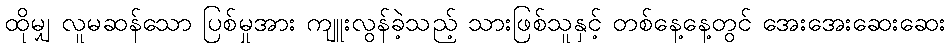
ထိုမျှ လူမဆန်သော ပြစ်မှုအား ကျူးလွန်ခဲ့သည့် သားဖြစ်သူနှင့် တစ်နေ့နေ့တွင် အေးအေးဆေးဆေး